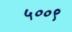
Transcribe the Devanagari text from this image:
५००९